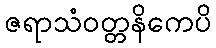
ဇရာသံဝတ္တနိကေပိ